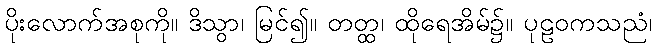
ပိုးလောက်အစုကို။ ဒိသွာ၊ မြင်၍။ တတ္ထ၊ ထိုရေအိမ်၌။ ပုဠဝကသညံ၊